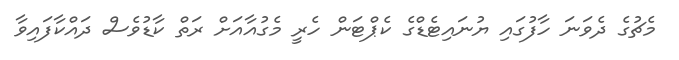
މެޗުގެ ދެވަނަ ހާފުގައި ޔުނައިޓެޑްގެ ކެޕްޓަން ހެރީ މެގުއާއަށް ރަތް ކާޑުވެސް ދައްކާފައިވާ